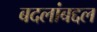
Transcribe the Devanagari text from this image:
बदलांबद्दल